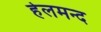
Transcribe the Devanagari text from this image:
हेलमन्द